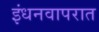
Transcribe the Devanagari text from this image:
इंधनवापरात